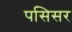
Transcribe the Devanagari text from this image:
पसिसर